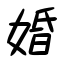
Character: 婚